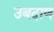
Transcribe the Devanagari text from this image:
उबदाण